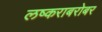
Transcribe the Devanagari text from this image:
लष्कराबरोबर